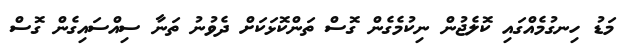
މަޑު ހިނގުމެއްގައި ކޮލެޖުން ނިކުމެގެން ގޮސް ތަންކޮޅަކަށް ދެވުނު ތަނާ ސިއްސައިގެން ގޮސް